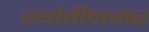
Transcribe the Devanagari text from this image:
ज्योतीनगर